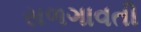
સળગાવતી